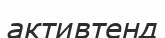
активтенд